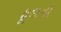
ફૂલનો